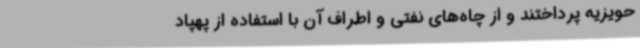
حویزیه پرداختند و از چاه‌های نفتی و اطراف‌ آن با استفاده از پهپاد